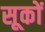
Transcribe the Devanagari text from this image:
सूकों